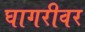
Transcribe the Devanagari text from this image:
घागरीवर